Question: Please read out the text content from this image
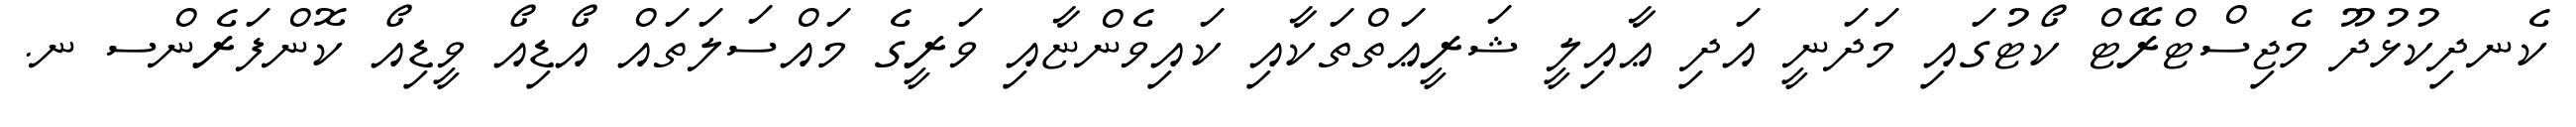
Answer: ކެނދިކުޅުދޫ މެޖިސްޓްރޭޓް ކޯޓުގައި މަދަނީ އަދި ޢާއިލީ ޝަރީޢަތްތަކާއި ކައިވެންޏާއި ވަރީގެ މައްސަލަތައް އޯޑިއޯ ވީޑިއޯ ކޮންފަރެންސ ނ.